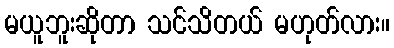
မယူဘူးဆိုတာ သင်သိတယ် မဟုတ်လား။